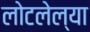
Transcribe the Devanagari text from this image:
लोटलेल्या